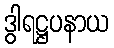
ဒွါရဋ္ဌပနာယ